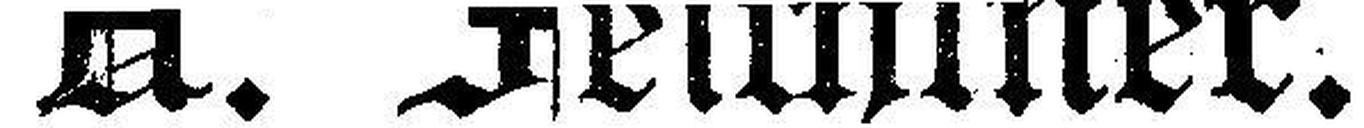
A. Feichtner.